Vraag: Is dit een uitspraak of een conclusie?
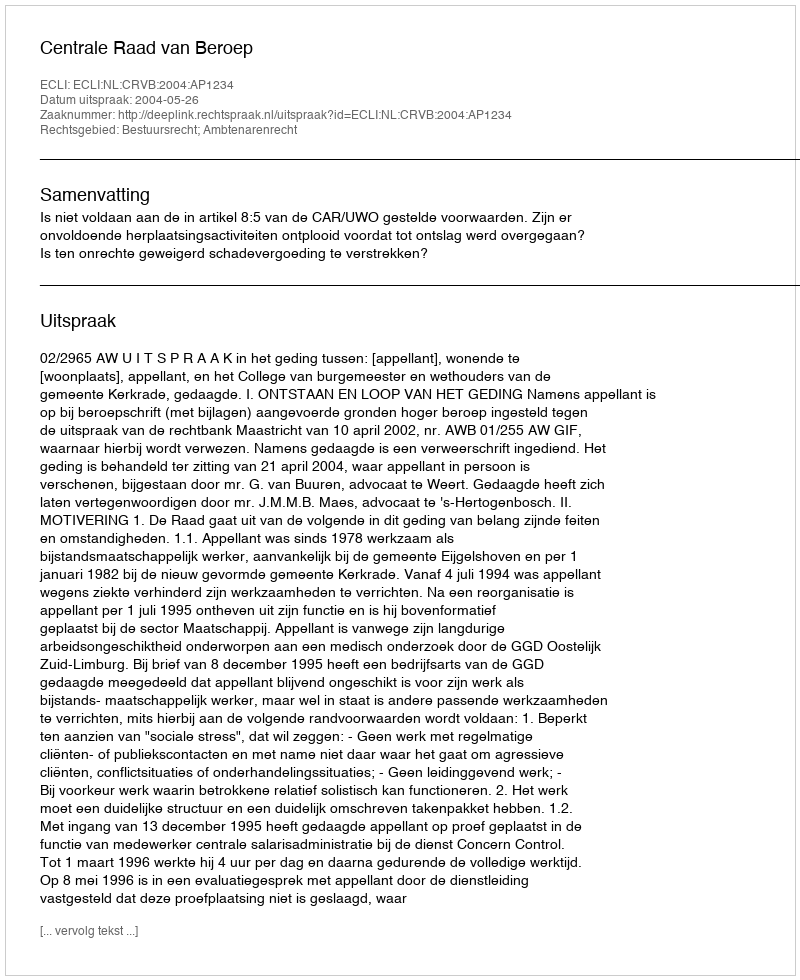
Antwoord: Uitspraak